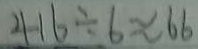
4 1 6 \div 6 \approx 6 6